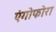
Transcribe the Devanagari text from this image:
एंगोफोरा